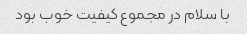
با سلام در مجموع کیفیت خوب بود